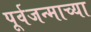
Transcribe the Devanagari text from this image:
पूर्वजन्माच्या